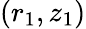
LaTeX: (r_{1},z_{1})